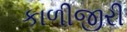
કાળીજીરી